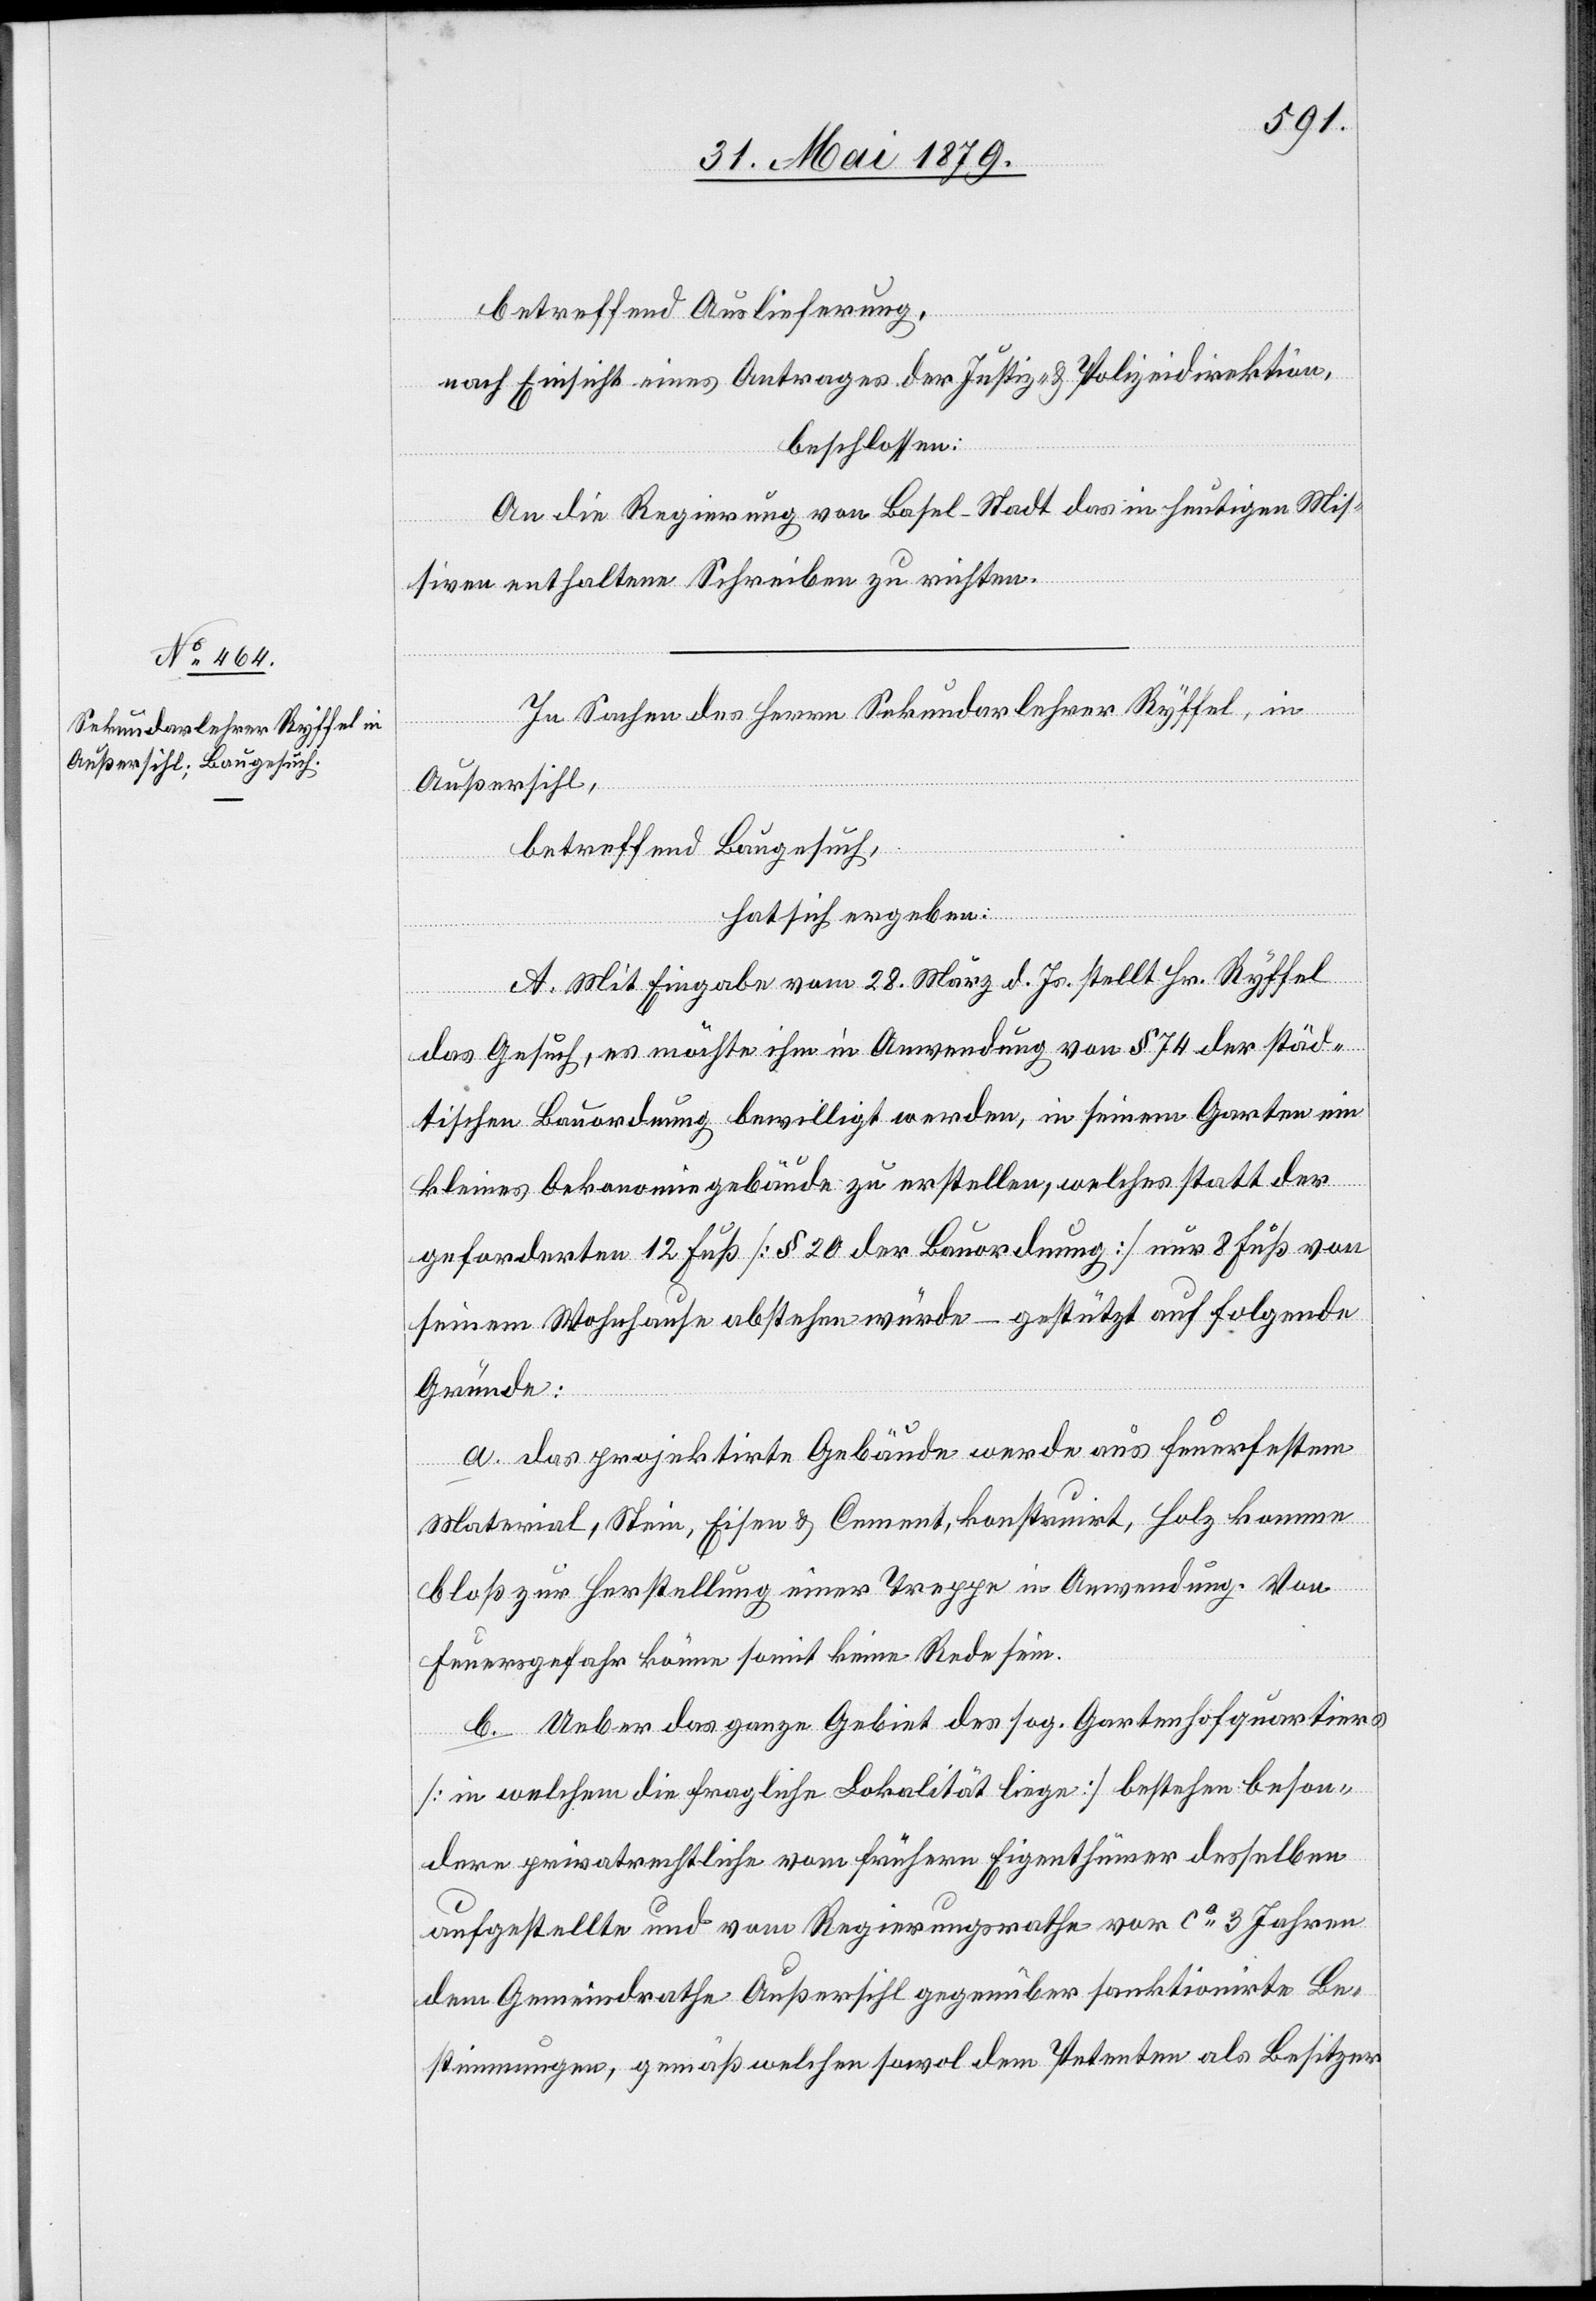
betreffend Auslieferung,
nach Einsicht eines Antrages der Justiz- & Polizeidirektion,
beschlossen:
An die Regierung von Basel-Stadt das in heutigen Mis¬
siven enthaltene Schreiben zu richten.
In Sachen des Herrn Sekundarlehrer Ryffel, in
Außersihl,
betreffend Baugesuch,
hat sich ergeben:
A. Mit Eingabe vom 28. März d. Js. stellt Hr. Ryffel
das Gesuch, es möchte ihm in Anwendung von § 74 der städ¬
tischen Bauordnung bewilligt werden, in seinem Garten ein
kleines Oekonomiegebäude zu erstellen, welches statt der
geforderten 12 Fuß [§ 20 der Bauordnung] nur 8 Fuß von
seinem Wohnhause abstehen würde – gestützt auf folgende
Gründe:
a. das projektirte Gebäude werde aus feuerfestem
Material, Stein, Eisen & Cement, konstruirt, Holz komme
bloß zur Herstellung einer Treppe in Anwendung. Von
Feuersgefahr könne somit keine Rede sein.
b. Ueber das ganze Gebiet des sog. Gartenhofquartiers
[in welchem die fragliche Lokalität liege] bestehen beson¬
dere privatrechtliche vom frühern Eigenthümer desselben
aufgestellte und vom Regierungsrathe vor ca 3 Jahren
dem Gemeindrathe Außersihl gegenüber sanktionirte Be¬
stimmungen, gemäß welchen sowol dem Petenten als Besitzer